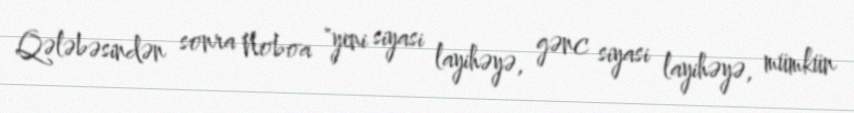
Qələbəsindən sonra Noboa "yeni siyasi layihəyə, gənc siyasi layihəyə, mümkün